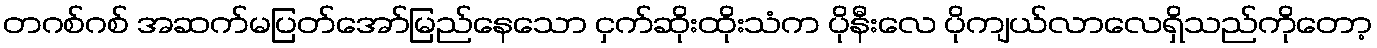
တဂစ်ဂစ် အဆက်မပြတ်အော်မြည်နေသော ငှက်ဆိုးထိုးသံက ပိုနီးလေ ပိုကျယ်လာလေရှိသည်ကိုတော့